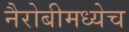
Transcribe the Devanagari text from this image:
नैरोबीमध्येच